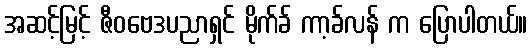
အဆင့်မြင့် ဇီဝဗေဒပညာရှင် မိုက်ခ် ကာ့ခ်လန် က ပြောပါတယ်။